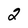
Character: 2